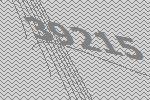
39215